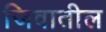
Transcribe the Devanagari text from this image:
जिवातील